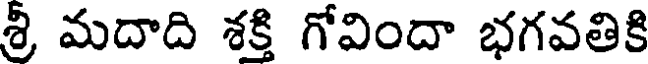
శ్రీ మదాది శక్తి గోవిందా భగవతికి